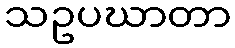
သဥပဃာတာ